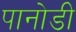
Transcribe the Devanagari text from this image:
पानोडी